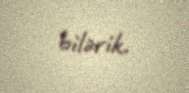
bilərik.